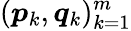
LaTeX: (\boldsymbol{p}_{k},\boldsymbol{q}_{k})_{k=1}^{m}